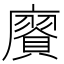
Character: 𢋫